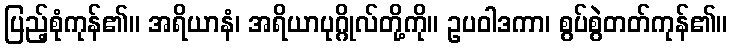
ပြည့်စုံကုန်၏။ အရိယာနံ၊ အရိယာပုဂ္ဂိုလ်တို့ကို။ ဥပဝါဒကာ၊ စွပ်စွဲတတ်ကုန်၏။